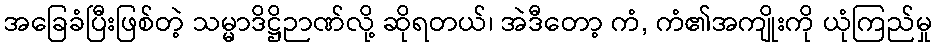
အခြေခံပြီးဖြစ်တဲ့ သမ္မာဒိဋ္ဌိဉာဏ်လို့ ဆိုရတယ်၊ အဲဒီတော့ ကံ, ကံ၏အကျိုးကို ယုံကြည်မှု